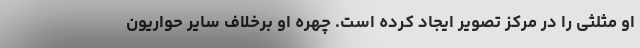
او مثلثی را در مرکز تصویر ایجاد کرده است. چهره او برخلاف سایر حواریون